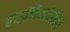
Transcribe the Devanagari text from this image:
स्वकीयांतील